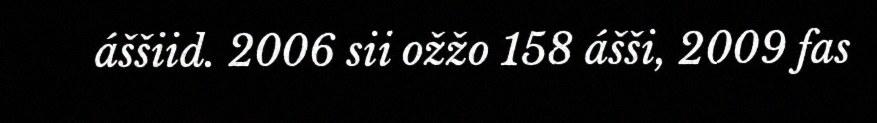
áššiid. 2006 sii ožžo 158 ášši, 2009 fas